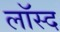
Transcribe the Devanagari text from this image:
लॉस्द